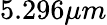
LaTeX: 5.296\mu m